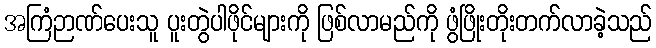
အကြံဉာဏ်ပေးသူ ပူးတွဲပါဖိုင်များကို ဖြစ်လာမည်ကို ဖွံဖြိုးတိုးတက်လာခဲ့သည်